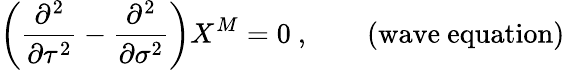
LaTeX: \left(\frac{\partial^{2}}{\partial\tau^{2}}-\frac{\partial^{2}}{\partial\sigma^{2}}\right)X^{M}=0~,\qquad(\mathrm{wave~equation})